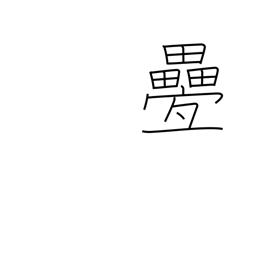
Meaning: repetitious